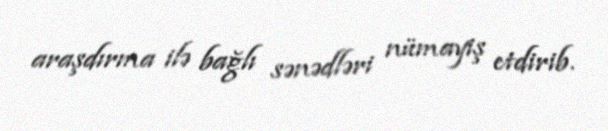
araşdırma ilə bağlı sənədləri nümayiş etdirib.